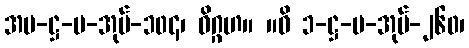
အပ-ဋ္ဌ-ပ-အုပ်-၁၀၄၊ ဝိဂ္ဂဟ။ ။ဝိ ၁-ဋ္ဌ-ပ-အုပ်-၂၆၀၊